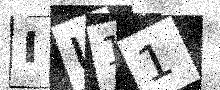
Text: IU11